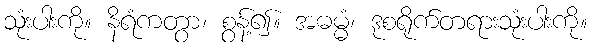
သုံးပါးကို။ နိရံကတွာ၊ စွန့်၍။ အဓမ္မံ၊ ဒုစရိုက်တရားသုံးပါးကို။